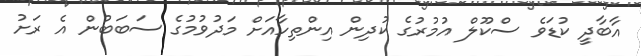
އާބާދީ ކުޑަވެ ސްކޫލް އުމުރުގެ ކުދިން އިންތިހާއަށް މަދުވުމުގެ ސަބަބުން އެ ރަށު